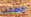
السحب